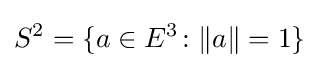
S^{2}=\{a\in E^{3}\colon \|a\|=1\}